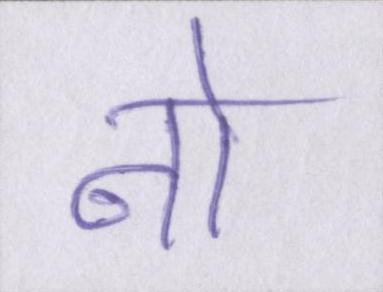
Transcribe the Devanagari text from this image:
नो